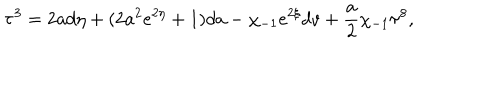
LaTeX: { \bf \tau } ^ { 3 } = 2 a d \eta + ( 2 a ^ { 2 } e ^ { 2 \eta } + 1 ) d a - \chi _ { - 1 } e ^ { 2 \xi } d v + \frac { a } { 2 } \chi _ { - 1 } { \bf \tau } ^ { 8 } ,